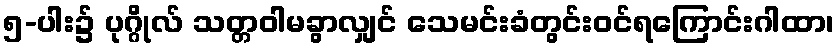
၅-ပါး၌ ပုဂ္ဂိုလ် သတ္တဝါမခွာလျှင် သေမင်းခံတွင်းဝင်ရကြောင်းဂါထာ၊